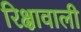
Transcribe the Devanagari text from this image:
रिक्षावाली